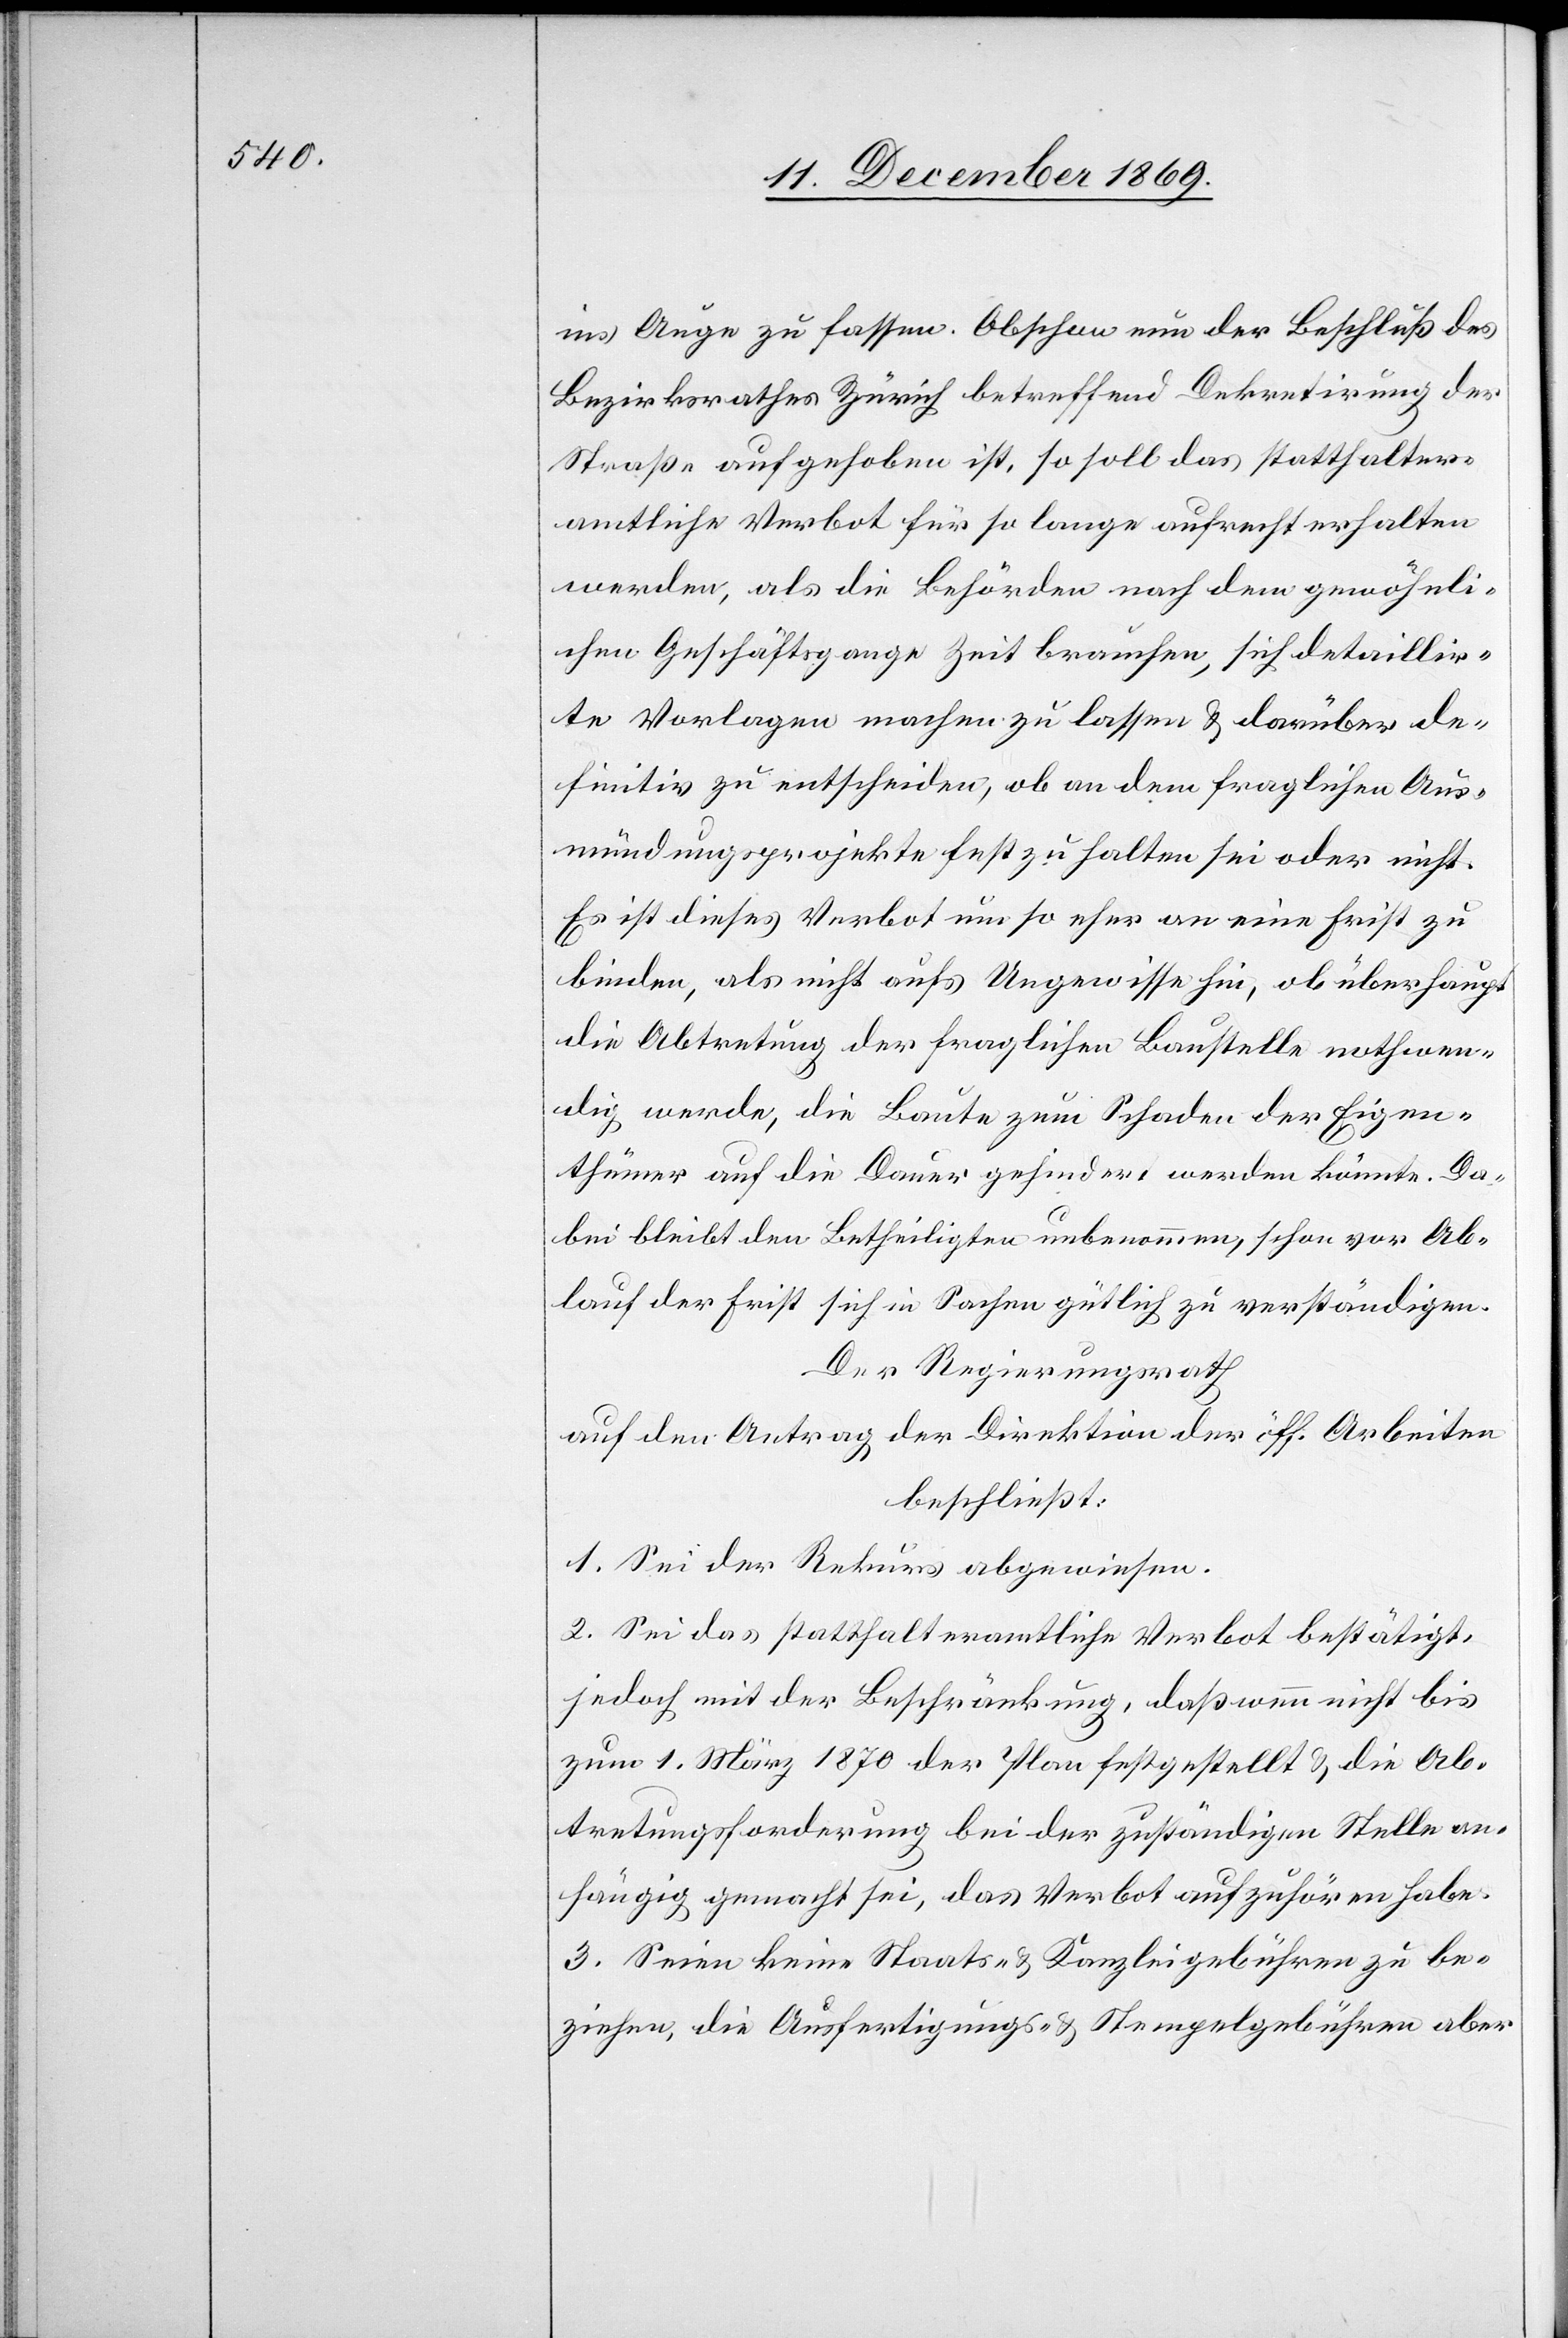
ins Auge zu fassen. Obschon nun der Beschluß des
Bezirksrathes Zürich betreffend Dekretirung der
Straße aufgehoben ist, so soll das statthalter¬
amtliche Verbot für so lange aufrecht erhalten
werden, als die Behörden nach dem gewöhnli¬
chen Geschäftsgange Zeit brauchen, sich detaillir¬
te Vorlagen machen zu lassen & darüber de¬
finitiv zu entscheiden, ob an dem fraglichen Aus¬
mündungsprojekte fest zu halten sei oder nicht.
Es ist dieses Verbot um so eher an eine Frist zu
binden, als nicht aufs Ungewisse hin, ob überhaupt
die Abtretung der fraglichen Baustelle nothwen¬
dig werde, die Baute zum Schaden der Eigen¬
thümer auf die Dauer gehindert werden könnte. Da¬
bei bleibt den Betheiligten unbenommen, schon vor Ab¬
lauf der Frist sich in Sachen gütlich zu verständigen.
Der Regierungsrath
auf den Antrag der Direktion der öff. Arbeiten
beschließt:
1. Sei der Rekurs abgewiesen.
2. Sei das statthalteramtliche Verbot bestätigt,
jedoch mit der Beschränkung, daß wenn nicht bis
zum 1. März 1870 der Plan festgestellt & die Ab¬
tretungsforderung bei der zuständigen Stelle an¬
hängig gemacht sei, das Verbot aufzuhören habe.
3. Seien keine Staats- & Kanzleigebühren zu be¬
ziehen, die Ausfertigungs- & Stempelgebühren aber